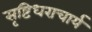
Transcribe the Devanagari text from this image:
सृष्टिधराचार्य